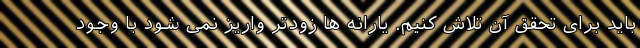
باید برای تحقق آن تلاش کنیم. یارانه ها زودتر واریز نمی شود با وجود